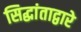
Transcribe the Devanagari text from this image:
सिद्धांताद्वारे